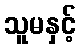
သူမနှင့်